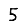
Digit: 5